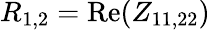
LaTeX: R_{1,2}=\mathrm{Re}(Z_{11,22})